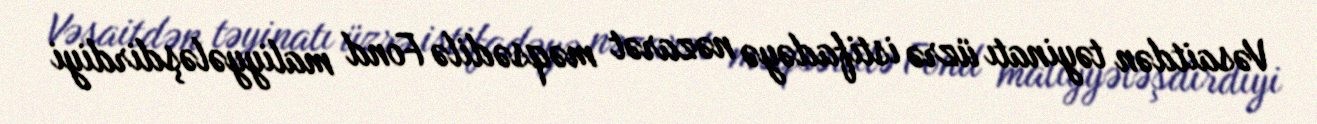
Vəsaitdən təyinatı üzrə istifadəyə nəzarət məqsədilə Fond maliyyələşdirdiyi